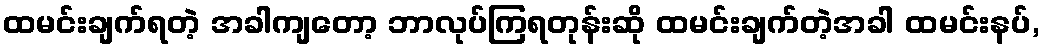
ထမင်းချက်ရတဲ့ အခါကျတော့ ဘာလုပ်ကြရတုန်းဆို ထမင်းချက်တဲ့အခါ ထမင်းနပ်,